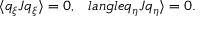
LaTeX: \langle q _ { \xi } J q _ { \xi } \rangle = 0 , \ \ \, l a n g l e q _ { \eta } J q _ { \eta } \rangle = 0 .